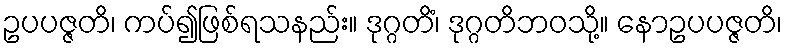
ဥပပဇ္ဇတိ၊ ကပ်၍ဖြစ်ရသနည်း။ ဒုဂ္ဂတိံ၊ ဒုဂ္ဂတိဘဝသို့။ နောဥပပဇ္ဇတိ၊